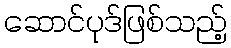
ဆောင်ပုဒ်ဖြစ်သည့်